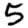
Digit: 5